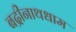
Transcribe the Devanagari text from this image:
बद्रीनाथधाम